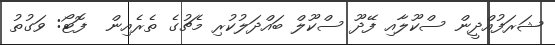
ޝަރަފުއްދީން ސްކޫލާއި ފޭދޫ ސްކޫލް ބައްދަލުކުރި މެޗުގެ ތެރެއިން  ފޮޓޯ: ވަގުތު